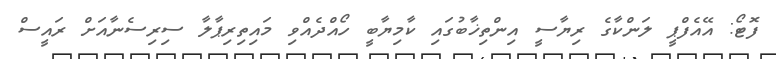
ފޮޓޯ: އޭއެފްޕީ ލަންކާގެ ރިޔާސީ އިންތިޚާބުގައި ކާމިޔާބީ ހޯއްދެއްވި މައިތިރިޕާލާ ސިރިސެނާއަށް ރައީސް